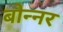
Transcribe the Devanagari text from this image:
बोन्नर